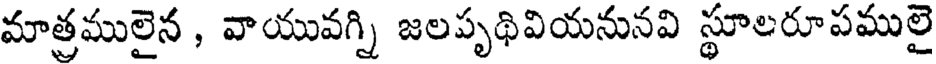
మాత్రములైన , వాయువగ్ని జలపృథివియనునవి స్థూలరూపములై